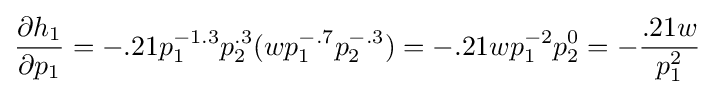
{\frac {\partial h_{1}}{\partial p_{1}}}=-.21p_{1}^{-1.3}p_{2}^{.3}(wp_{1}^{-.7}p_{2}^{-.3})=-.21wp_{1}^{-2}p_{2}^{0}=-{\frac {.21w}{p_{1}^{2}}}